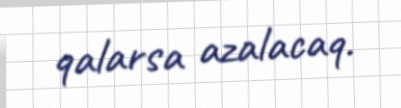
qalarsa azalacaq.